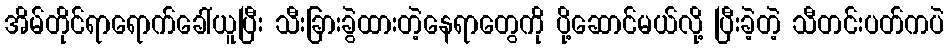
အိမ်တိုင်ရာရောက်ခေါ်ယူပြီး သီးခြားခွဲထားတဲ့နေရာတွေကို ပို့ဆောင်မယ်လို့ ပြီးခဲ့တဲ့ သီတင်းပတ်ကပဲ